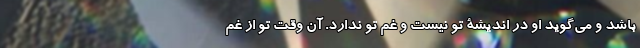
باشد و می‌گوید او در اندیشۀ تو نیست و غم تو ندارد. آن وقت تو از غم